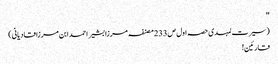
''
(سیرت لمہدی حصہ اول ص233 مصنفہ مرزا بشیر احمد ابن مرزا قادیانی)
قارئین!